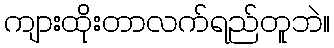
ကျားထိုးတာလက်ရည်တူဘဲ။